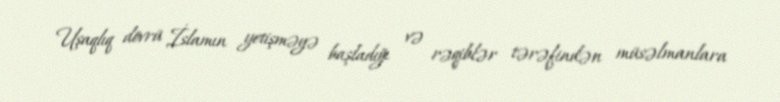
Uşaqlıq dövrü İslamın yetişməyə başladığı və rəqiblər tərəfindən müsəlmanlara